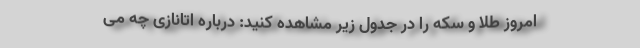
امروز طلا و سکه را در جدول زیر مشاهده کنید: درباره اتانازی چه می